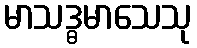
မာသဒ္ဓမာသေသု